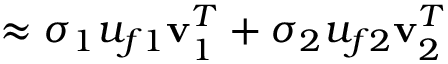
\approx \sigma _ { 1 } u _ { f 1 } \mathbf { v } _ { 1 } ^ { T } + \sigma _ { 2 } u _ { f 2 } \mathbf { v } _ { 2 } ^ { T }